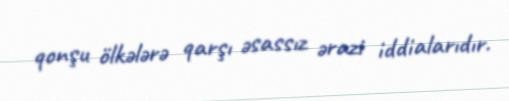
qonşu ölkələrə qarşı əsassız ərazi iddialarıdır.